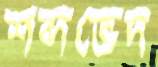
শব্দভেদ